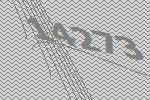
14273